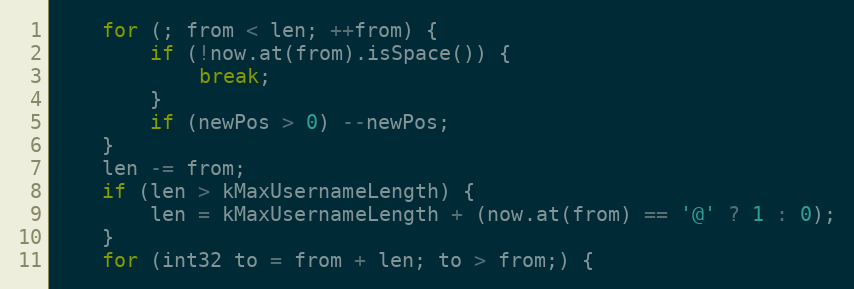
Language: C++
	for (; from < len; ++from) {
		if (!now.at(from).isSpace()) {
			break;
		}
		if (newPos > 0) --newPos;
	}
	len -= from;
	if (len > kMaxUsernameLength) {
		len = kMaxUsernameLength + (now.at(from) == '@' ? 1 : 0);
	}
	for (int32 to = from + len; to > from;) {